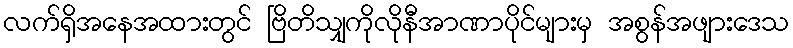
လက်ရှိအနေအထားတွင် ဗြိတိသျှကိုလိုနီအာဏာပိုင်များမှ အစွန်အဖျားဒေသ